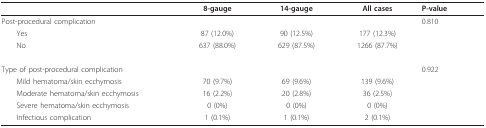
<table><thead><tr><td></td><td><b>8-gauge</b></td><td><b>14-gauge</b></td><td><b>All cases</b></td><td><b>P-value</b></td></tr></thead><tbody><tr><td>Post-procedural complication</td><td></td><td></td><td></td><td>0.810</td></tr><tr><td> Yes</td><td>87 (12.0%)</td><td>90 (12.5%)</td><td>177 (12.3%)</td><td></td></tr><tr><td> No</td><td>637 (88.0%)</td><td>629 (87.5%)</td><td>1266 (87.7%)</td><td></td></tr><tr><td>Type of post-procedural complication</td><td></td><td></td><td></td><td>0.922</td></tr><tr><td> Mild hematoma/skin ecchymosis</td><td>70 (9.7%)</td><td>69 (9.6%)</td><td>139 (9.6%)</td><td></td></tr><tr><td> Moderate hematoma/skin ecchymosis</td><td>16 (2.2%)</td><td>20 (2.8%)</td><td>36 (2.5%)</td><td></td></tr><tr><td> Severe hematoma/skin ecchymosis</td><td>0 (0%)</td><td>0 (0%)</td><td>0 (0%)</td><td></td></tr><tr><td> Infectious complication</td><td>1 (0.1%)</td><td>1 (0.1%)</td><td>2 (0.1%)</td><td></td></tr></tbody></table>